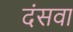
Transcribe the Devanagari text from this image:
दंसवा